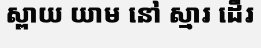
ស្ពាយ យាម នៅ ស្មារ ដើរ